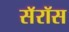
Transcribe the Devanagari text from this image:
सॅरॉस